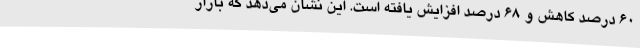
۶۰ درصد کاهش و ۶۸ درصد افزایش یافته است. این نشان می‌دهد که بازار